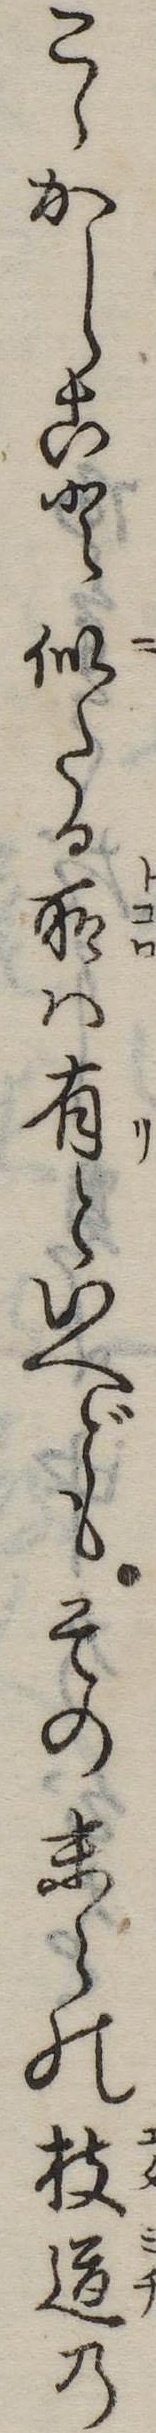
こゝかしこと似たる所は有といへどもその末の枝道の